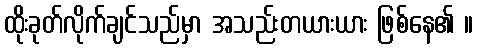
ထိုးခုတ်လိုက်ချင်သည်မှာ အသည်းတယားယား ဖြစ်နေ၏ ။